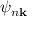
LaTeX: \psi _ { n \mathbf { k } }